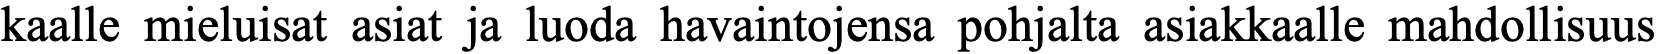
kaalle mieluisat asiat ja luoda havaintojensa pohjalta asiakkaalle mahdollisuus